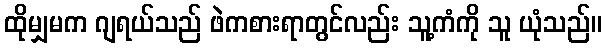
ထိုမျှမက ဂျရယ်သည် ဖဲကစားရာတွင်လည်း သူ့ကံကို သူ ယုံသည်။